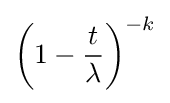
\left(1-{\frac {t}{\lambda }}\right)^{-k}